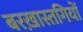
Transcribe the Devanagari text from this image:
बरख़ास्तगियों